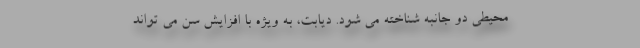
محیطی دو جانبه شناخته می شود. دیابت، به ویژه با افزایش سن می تواند